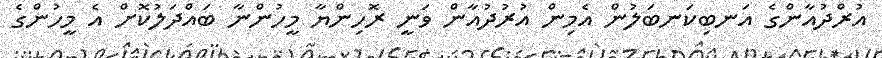
އުރްދުއާންގެ އަނބިކަނބަލުން އެމިން އުރުދުއާން ވަނީ ރޮހިންޔާ މީހުންނާ ބައްދަލުކޮށް އެ މީހުންގެ